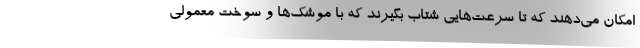
امکان می‌دهند که تا سرعت‌هایی شتاب بگیرند که با موشک‌ها و سوخت معمولی